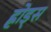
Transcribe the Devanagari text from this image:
ह्रोड्स